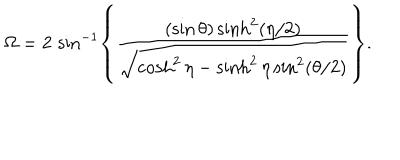
\Omega = 2 \, \sin ^ { - 1 } \left\{ { \frac { ( \sin \theta ) \sinh ^ { 2 } ( \eta / 2 ) } { \sqrt { \cosh ^ { 2 } \eta - \sinh ^ { 2 } \eta \sin ^ { 2 } ( \theta / 2 ) } } } \right\} .